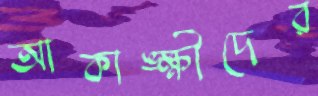
আকাঙ্ক্ষীদের